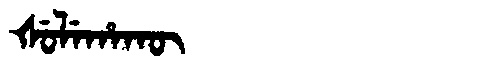
Manchu: ᡧᡠᠯᡝᡥᠠᡴᡡ
Romanization: ŠULEHAKŪ